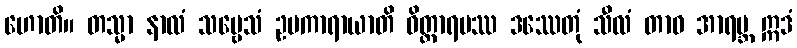
ဟောတိ။ တသ္မာ နာလံ သဗ္ဗေသံ ဥပကာရာယာတိ ဝိတ္ထာရမဿ ဒဿေတုံ သီလံ တာဝ အာရဗ္ဘ ဣဒံ